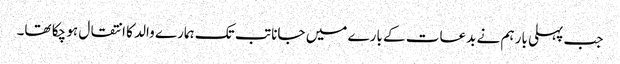
جب پہلی بار ہم نے بدعات کے بارے میں جانا تب تک ہمارے والد کا انتقال ہو چکا تھا۔